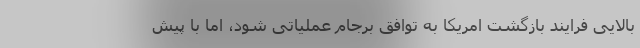
بالایی فرایند بازگشت امریکا به توافق برجام عملیاتی شود، اما با پیش